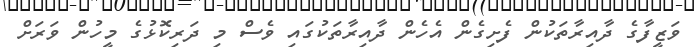
ވަޒީފާގެ ދާއިރާތަކުން ފެށިގެން އެހެން ދާއިރާތަކުގައި ވެސް މި ދަރިކޮޅުގެ މީހުން ވަރަށް